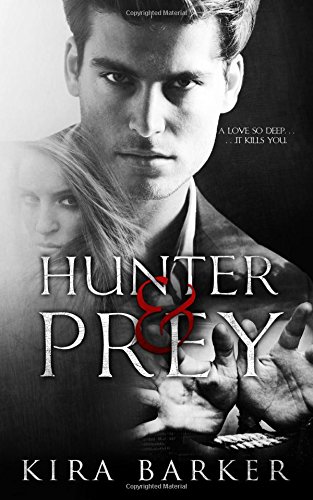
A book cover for Hunter & Prey (Volume 1); Kira Barker; Romance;